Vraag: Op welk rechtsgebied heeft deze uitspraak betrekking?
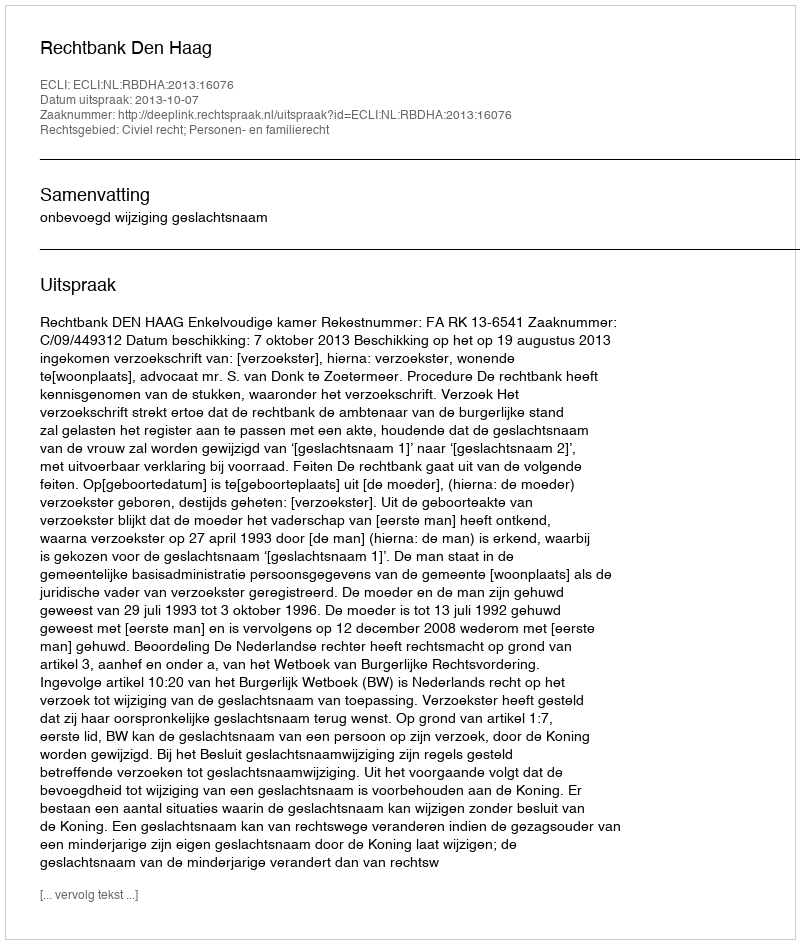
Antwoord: Civiel recht; Personen- en familierecht